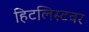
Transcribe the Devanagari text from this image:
हिटलिस्टवर